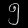
Digit: ၅